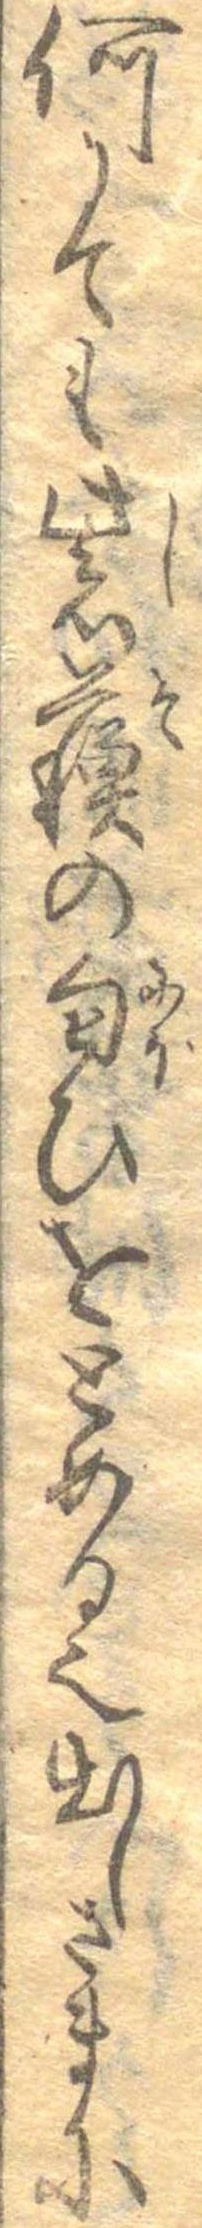
何にても紫蘇の匂ひをとめる也出しさまに